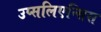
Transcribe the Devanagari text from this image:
उप्सलिएन्सिस